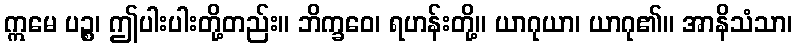
ဣမေ ပဉ္စ၊ ဤပါးပါးတို့တည်း။ ဘိက္ခဝေ၊ ရဟန်းတို့။ ယာဂုယာ၊ ယာဂု၏။ အာနိသံသာ၊